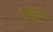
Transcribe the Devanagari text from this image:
पुद्ध